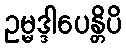
ဥမ္မဒ္ဒါပေန္တိပိ